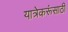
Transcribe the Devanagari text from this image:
यात्रेकरूंसाठी